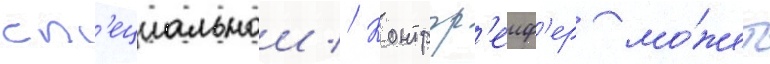
сп'ециальнои // Контргр'еиф'ер мо́жет